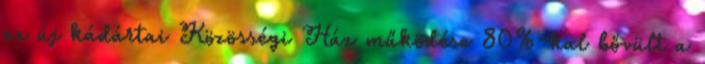
az új kádártai Közösségi Ház működése 80%-kal bővült a